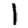
Digit: 1